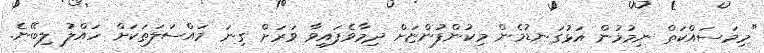
"މިމަސައްކަތް ނިމުމުން އަޅުގަނޑުމެން މިކުންފުންޏަށް ދިމާވެފައިވާ ވަރަށް ގިނަ މައްސަލަތަކަށް ހައްލު ލިބޭނެ.